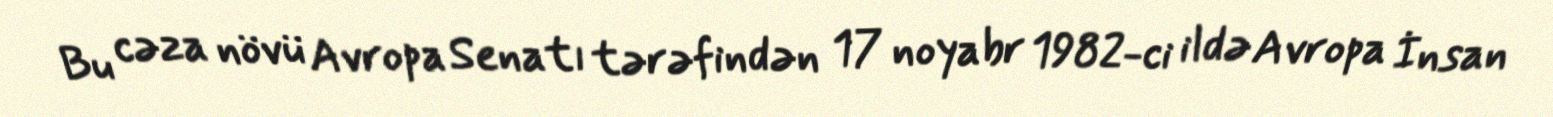
Bu cəza növü Avropa Senatı tərəfindən 17 noyabr 1982-ci ildə Avropa İnsan